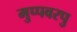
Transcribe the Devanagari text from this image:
मुप्पवरपु